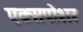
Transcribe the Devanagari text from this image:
एक्सपोशर